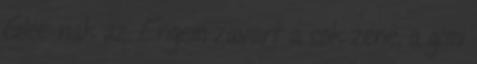
Glee-nak az. Engem zavart a sok zene, a gimi